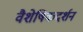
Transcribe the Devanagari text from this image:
वैशेषिकदर्शन